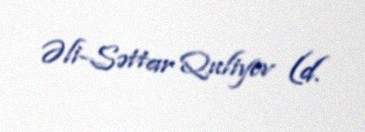
Əli-Səttar Quliyev (d.